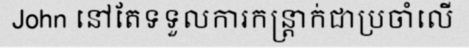
John នៅតែទទួលការកន្ត្រាក់ជាប្រចាំលើ